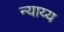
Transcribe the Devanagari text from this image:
न्‍याय्य